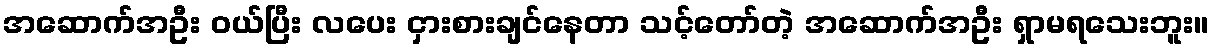
အဆောက်အဦး ဝယ်ပြီး လပေး ငှားစားချင်နေတာ သင့်တော်တဲ့ အဆောက်အဦး ရှာမရသေးဘူး။